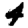
Digit: 4